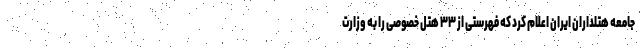
جامعه هتلداران ایران اعلام کرد که فهرستی از ۳۳ هتل خصوصی را به وزارت